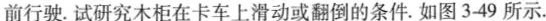
前行驶。试研究木柜在卡车上滑动或翻倒的条件。如图3-49所示.